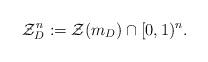
LaTeX: \begin{align*}\mathcal{Z}_{D}^n:=\mathcal{Z}(m_{D})\cap [0, 1)^n.\end{align*}